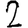
Digit: 2